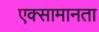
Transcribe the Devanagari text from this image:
एक्सामानता